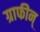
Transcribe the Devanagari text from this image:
ग्राफीन्